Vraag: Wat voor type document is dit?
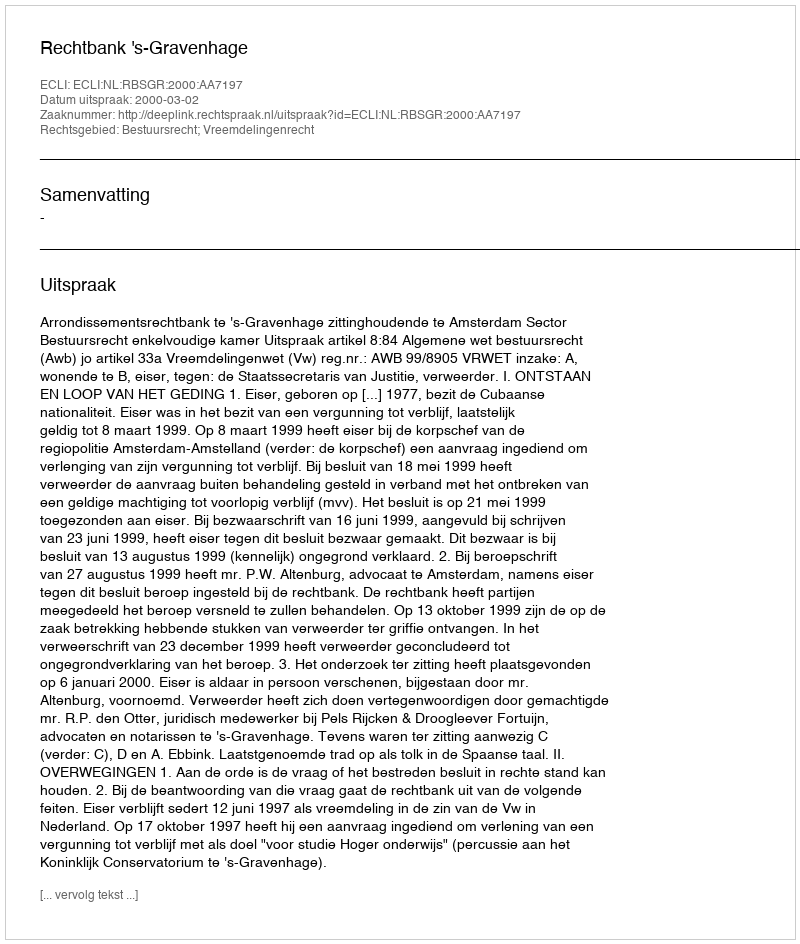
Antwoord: Uitspraak